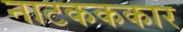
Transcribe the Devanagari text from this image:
नाटकककार